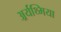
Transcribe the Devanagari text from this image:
अर्र्यथ्मिया